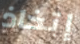
إتخاذ